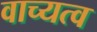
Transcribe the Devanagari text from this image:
वाच्यत्व